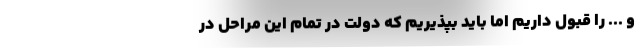
و ... را قبول داریم اما باید بپذیریم که دولت در تمام این مراحل در